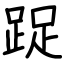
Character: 踀